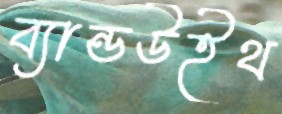
ব্যান্ডউইথ